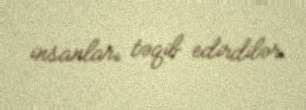
insanları təqib edirdilər.